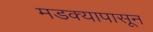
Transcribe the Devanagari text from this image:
मडक्यापासून